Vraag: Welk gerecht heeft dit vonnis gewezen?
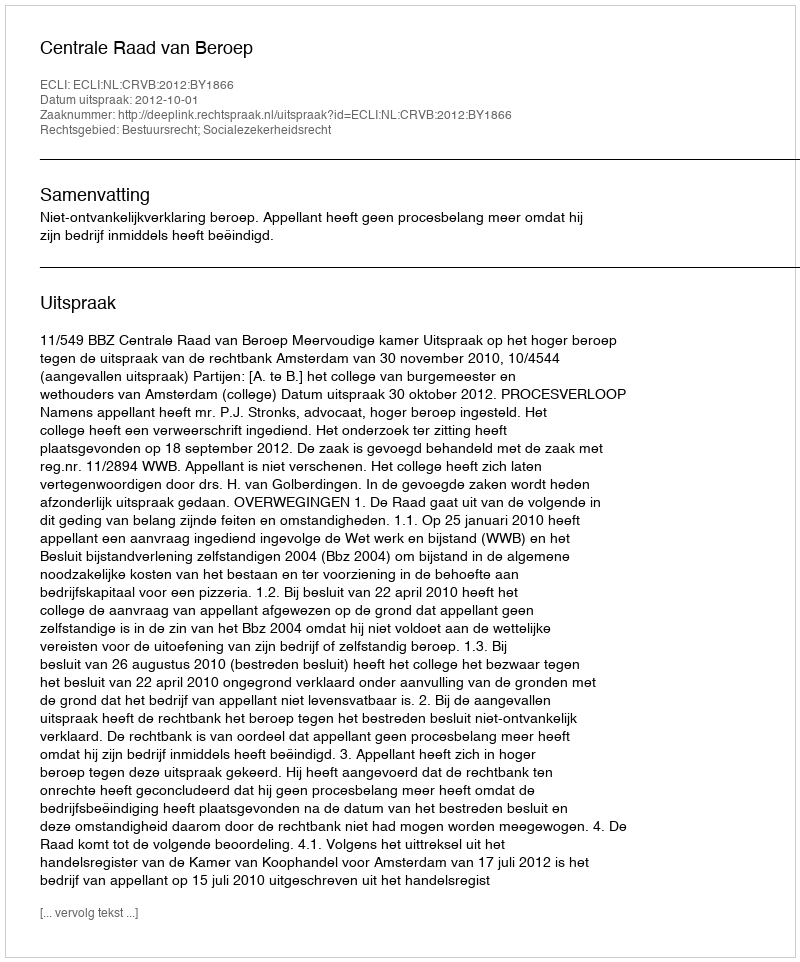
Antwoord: Centrale Raad van Beroep